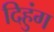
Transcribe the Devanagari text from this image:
दिहुंग